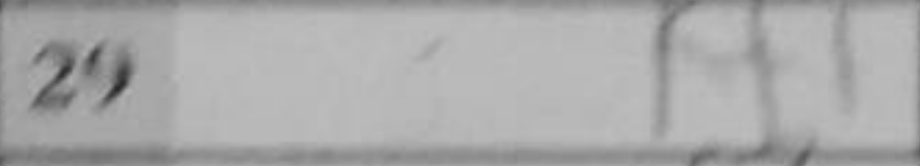
Transcription: Kf1